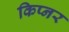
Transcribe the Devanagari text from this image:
किप्नर